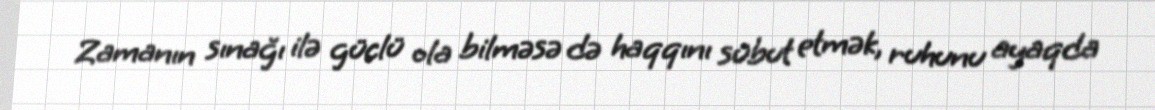
Zamanın sınağı ilə güclü ola bilməsə də haqqını sübut etmək, ruhunu ayaqda